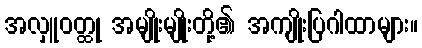
အလှူဝတ္ထု အမျိုးမျိုးတို့၏ အကျိုးပြဂါထာများ။